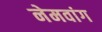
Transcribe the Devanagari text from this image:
नेमवांग